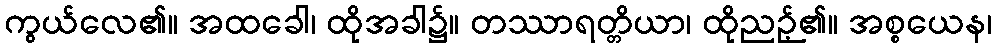
ကွယ်လေ၏။ အထခေါ၊ ထိုအခါ၌။ တဿာရတ္တိယာ၊ ထိုညဉ့်၏။ အစ္စယေန၊